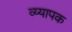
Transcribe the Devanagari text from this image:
व्य्यापक